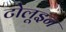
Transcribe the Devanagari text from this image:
टोलूइन